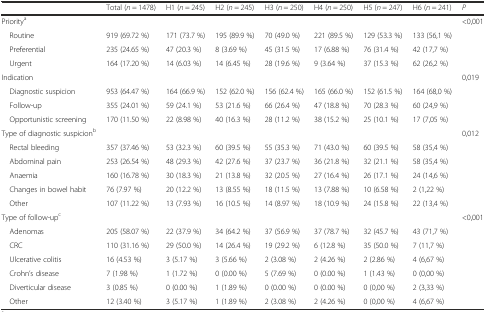
<table><thead><tr><td>[EMPTY_CELL]</td><td><b>Total (<i>n</i> = 1478)</b></td><td><b>H1 (<i>n</i> = 245)</b></td><td><b>H2 (<i>n</i> = 245)</b></td><td><b>H3 (<i>n</i> = 250)</b></td><td><b>H4 (<i>n</i> = 250)</b></td><td><b>H5 (<i>n</i> = 247)</b></td><td><b>H6 (<i>n</i> = 241)</b></td><td><b><i>P</i></b></td></tr></thead><tbody><tr><td>Priority<sup>a</sup></td><td>[EMPTY_CELL]</td><td>[EMPTY_CELL]</td><td>[EMPTY_CELL]</td><td>[EMPTY_CELL]</td><td>[EMPTY_CELL]</td><td>[EMPTY_CELL]</td><td>[EMPTY_CELL]</td><td>&lt;0,001</td></tr><tr><td> Routine</td><td>919 (69.72 %)</td><td>171 (73.7 %)</td><td>195 (89.9 %)</td><td>70 (49.0 %)</td><td>221 (89.5 %)</td><td>129 (53.3 %)</td><td>133 (56,1 %)</td><td>[EMPTY_CELL]</td></tr><tr><td> Preferential</td><td>235 (24.65 %)</td><td>47 (20.3 %)</td><td>8 (3.69 %)</td><td>45 (31.5 %)</td><td>17 (6.88 %)</td><td>76 (31.4 %)</td><td>42 (17,7 %)</td><td>[EMPTY_CELL]</td></tr><tr><td> Urgent</td><td>164 (17.20 %)</td><td>14 (6.03 %)</td><td>14 (6.45 %)</td><td>28 (19.6 %)</td><td>9 (3.64 %)</td><td>37 (15.3 %)</td><td>62 (26,2 %)</td><td>[EMPTY_CELL]</td></tr><tr><td>Indication</td><td>[EMPTY_CELL]</td><td>[EMPTY_CELL]</td><td>[EMPTY_CELL]</td><td>[EMPTY_CELL]</td><td>[EMPTY_CELL]</td><td>[EMPTY_CELL]</td><td>[EMPTY_CELL]</td><td>0,019</td></tr><tr><td> Diagnostic suspicion</td><td>953 (64.47 %)</td><td>164 (66.9 %)</td><td>152 (62.0 %)</td><td>156 (62.4 %)</td><td>165 (66.0 %)</td><td>152 (61.5 %)</td><td>164 (68,0 %)</td><td>[EMPTY_CELL]</td></tr><tr><td> Follow-up</td><td>355 (24.01 %)</td><td>59 (24.1 %)</td><td>53 (21.6 %)</td><td>66 (26.4 %)</td><td>47 (18.8 %)</td><td>70 (28.3 %)</td><td>60 (24,9 %)</td><td>[EMPTY_CELL]</td></tr><tr><td> Opportunistic screening</td><td>170 (11.50 %)</td><td>22 (8.98 %)</td><td>40 (16.3 %)</td><td>28 (11.2 %)</td><td>38 (15.2 %)</td><td>25 (10.1 %)</td><td>17 (7,05 %)</td><td>[EMPTY_CELL]</td></tr><tr><td>Type of diagnostic suspicion<sup>b</sup></td><td>[EMPTY_CELL]</td><td>[EMPTY_CELL]</td><td>[EMPTY_CELL]</td><td>[EMPTY_CELL]</td><td>[EMPTY_CELL]</td><td>[EMPTY_CELL]</td><td>[EMPTY_CELL]</td><td>0,012</td></tr><tr><td> Rectal bleeding</td><td>357 (37.46 %)</td><td>53 (32.3 %)</td><td>60 (39.5 %)</td><td>55 (35.3 %)</td><td>71 (43.0 %)</td><td>60 (39.5 %)</td><td>58 (35,4 %)</td><td>[EMPTY_CELL]</td></tr><tr><td> Abdominal pain</td><td>253 (26.54 %)</td><td>48 (29.3 %)</td><td>42 (27.6 %)</td><td>37 (23.7 %)</td><td>36 (21.8 %)</td><td>32 (21.1 %)</td><td>58 (35,4 %)</td><td>[EMPTY_CELL]</td></tr><tr><td> Anaemia</td><td>160 (16.78 %)</td><td>30 (18.3 %)</td><td>21 (13.8 %)</td><td>32 (20.5 %)</td><td>27 (16.4 %)</td><td>26 (17.1 %)</td><td>24 (14,6 %)</td><td>[EMPTY_CELL]</td></tr><tr><td> Changes in bowel habit</td><td>76 (7.97 %)</td><td>20 (12.2 %)</td><td>13 (8.55 %)</td><td>18 (11.5 %)</td><td>13 (7.88 %)</td><td>10 (6.58 %)</td><td>2 (1,22 %)</td><td>[EMPTY_CELL]</td></tr><tr><td> Other</td><td>107 (11.22 %)</td><td>13 (7.93 %)</td><td>16 (10.5 %)</td><td>14 (8.97 %)</td><td>18 (10.9 %)</td><td>24 (15.8 %)</td><td>22 (13,4 %)</td><td>[EMPTY_CELL]</td></tr><tr><td>Type of follow-up<sup>c</sup></td><td>[EMPTY_CELL]</td><td>[EMPTY_CELL]</td><td>[EMPTY_CELL]</td><td>[EMPTY_CELL]</td><td>[EMPTY_CELL]</td><td>[EMPTY_CELL]</td><td>[EMPTY_CELL]</td><td>&lt;0,001</td></tr><tr><td> Adenomas</td><td>205 (58.07 %)</td><td>22 (37.9 %)</td><td>34 (64.2 %)</td><td>37 (56.9 %)</td><td>37 (78.7 %)</td><td>32 (45.7 %)</td><td>43 (71,7 %)</td><td>[EMPTY_CELL]</td></tr><tr><td> CRC</td><td>110 (31.16 %)</td><td>29 (50.0 %)</td><td>14 (26.4 %)</td><td>19 (29.2 %)</td><td>6 (12.8 %)</td><td>35 (50.0 %)</td><td>7 (11,7 %)</td><td>[EMPTY_CELL]</td></tr><tr><td> Ulcerative colitis</td><td>16 (4.53 %)</td><td>3 (5.17 %)</td><td>3 (5.66 %)</td><td>2 (3.08 %)</td><td>2 (4.26 %)</td><td>2 (2.86 %)</td><td>4 (6,67 %)</td><td>[EMPTY_CELL]</td></tr><tr><td> Crohn’s disease</td><td>7 (1.98 %)</td><td>1 (1.72 %)</td><td>0 (0.00 %)</td><td>5 (7.69 %)</td><td>0 (0.00 %)</td><td>1 (1.43 %)</td><td>0 (0,00 %)</td><td>[EMPTY_CELL]</td></tr><tr><td> Diverticular disease</td><td>3 (0.85 %)</td><td>0 (0.00 %)</td><td>1 (1.89 %)</td><td>0 (0.00 %)</td><td>0 (0.00 %)</td><td>0 (0,00 %)</td><td>2 (3,33 %)</td><td>[EMPTY_CELL]</td></tr><tr><td> Other</td><td>12 (3.40 %)</td><td>3 (5.17 %)</td><td>1 (1.89 %)</td><td>2 (3.08 %)</td><td>2 (4.26 %)</td><td>0 (0,00 %)</td><td>4 (6,67 %)</td><td>[EMPTY_CELL]</td></tr></tbody></table>